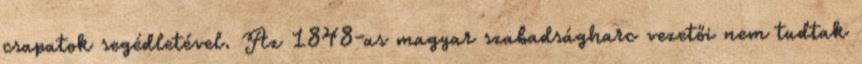
csapatok segédletével. Az 1848-as magyar szabadságharc vezetői nem tudtak